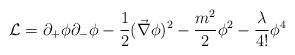
LaTeX: \begin{align*}{\cal L} = \partial_{+}\phi \partial_{-}\phi - \frac{1}{2}(\vec{\nabla}\phi)^{2} - \frac{m^{2}}{2} \phi^{2} -\frac{\lambda}{4!} \phi^{4}\end{align*}